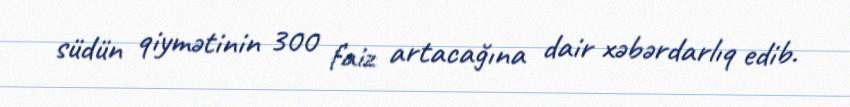
südün qiymətinin 300 faiz artacağına dair xəbərdarlıq edib.